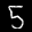
Label: 5